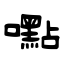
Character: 嚸